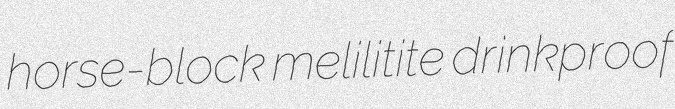
horse-block melilitite drinkproof